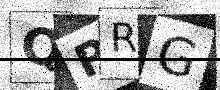
Text: QPRG